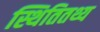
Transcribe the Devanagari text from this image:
स्थितितथ्य